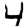
Digit: 4